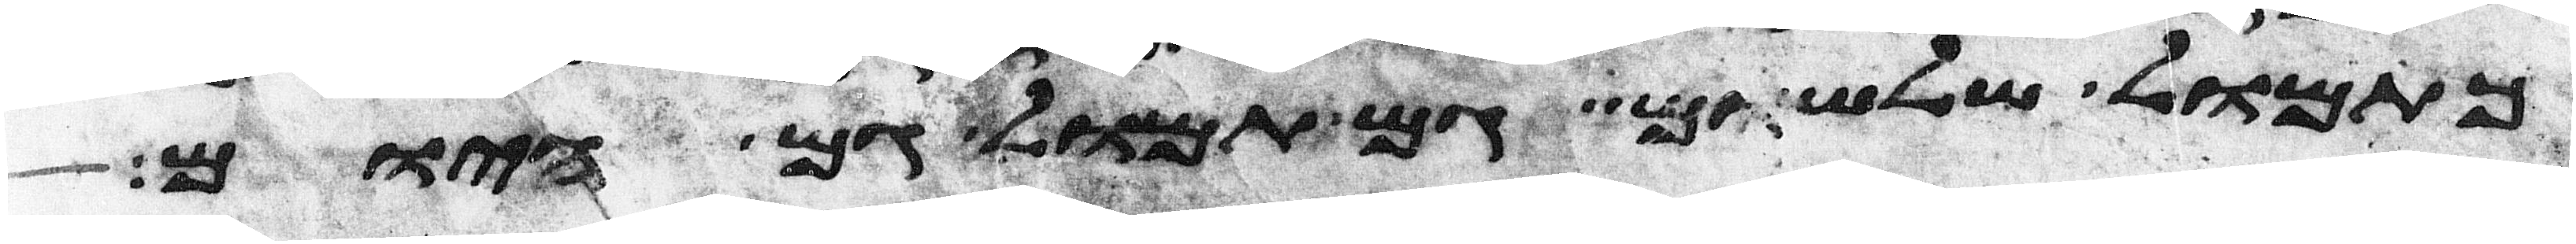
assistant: כתמול שלשום גם תמול גם היום